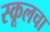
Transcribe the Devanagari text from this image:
स्कूलचा